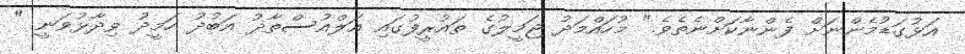
އަޅުގަޑުމެންނަށް ފެންނާކަށްނެތެވެ." މުހައްމަދު ޖަމީލުގެ ތައުރީފުގައި އަލްއުސްތާޛު އަބުދު ހަމީދު ވިދާޅުވަނީ "